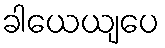
ခါယေယျပေ